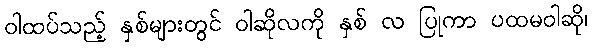
ဝါထပ်သည့် နှစ်များတွင် ဝါဆိုလကို နှစ် လ ပြုကာ ပထမဝါဆို၊